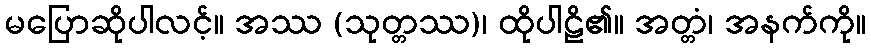
မပြောဆိုပါလင့်။ အဿ (သုတ္တဿ)၊ ထိုပါဠိ၏။ အတ္တံ၊ အနက်ကို။